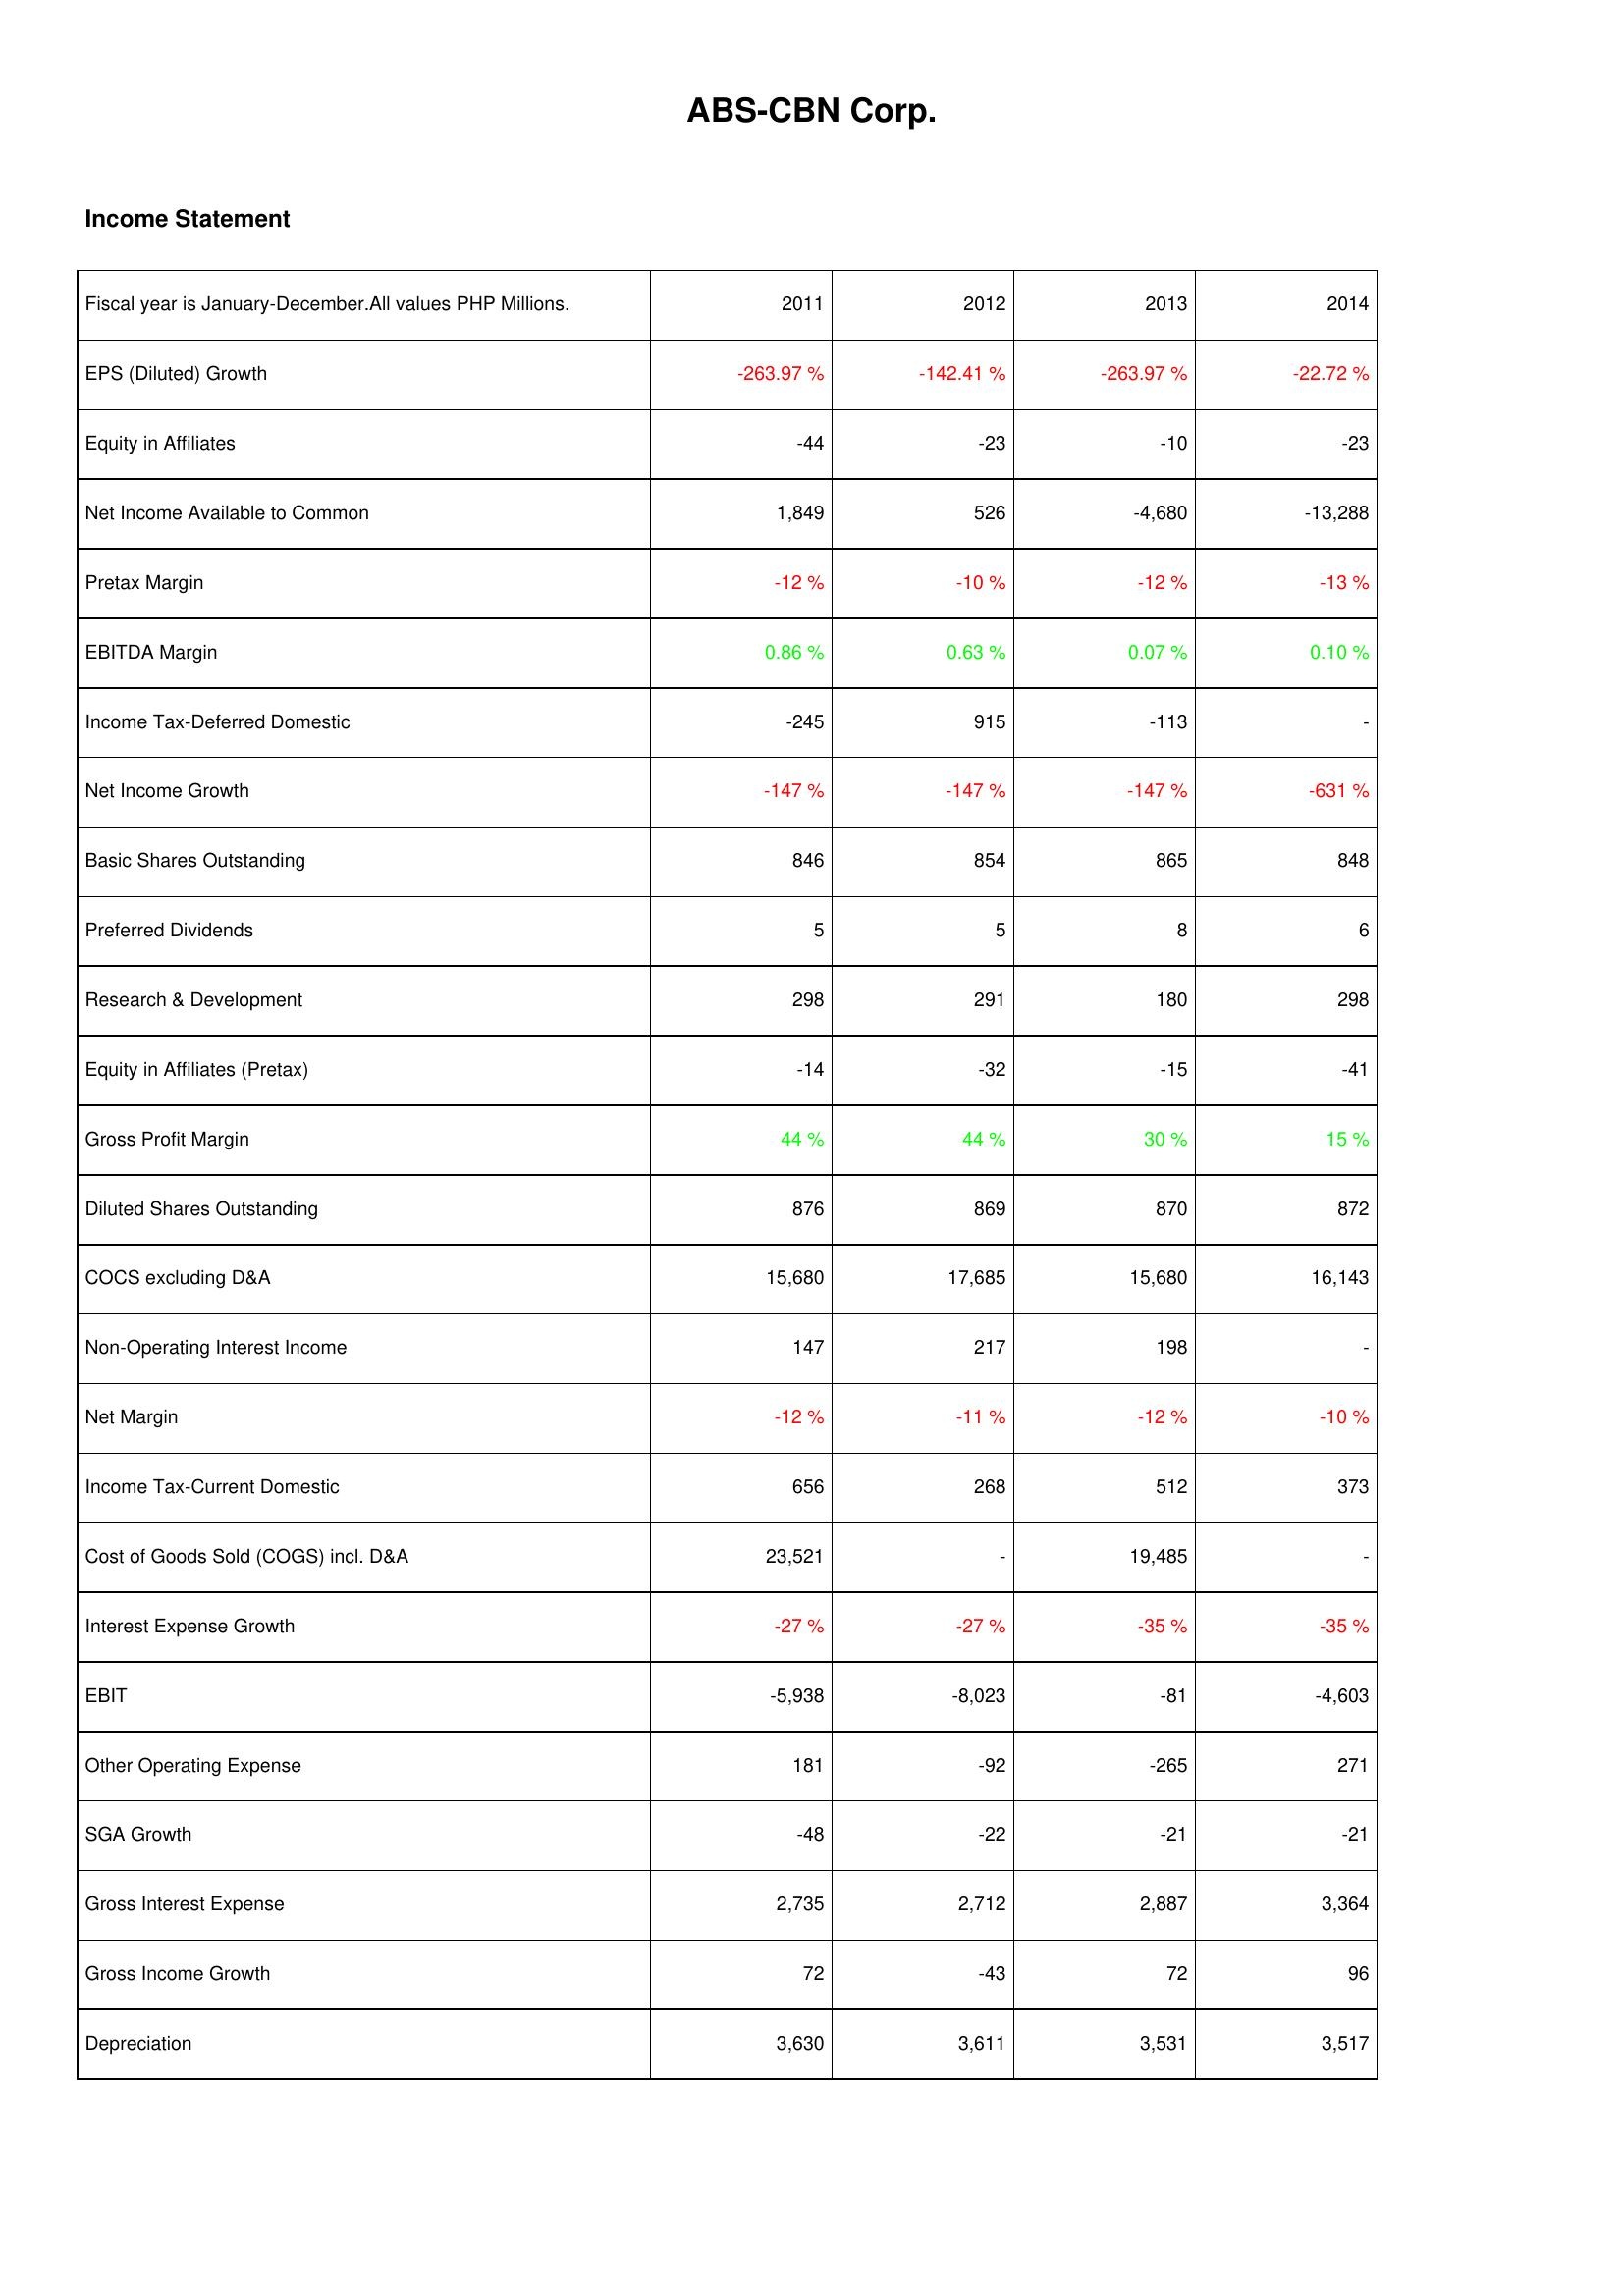
2011: Income Statement: EPS (Diluted) Growth: -263.97 %
Equity in Affiliates: -44
Net Income Available to Common: 1,849
Pretax Margin: -12 %
EBITDA Margin: 0.86 %
Income Tax-Deferred Domestic: -245
Net Income Growth: -147 %
Basic Shares Outstanding: 846
Preferred Dividends: 5
Research & Development: 298
Equity in Affiliates (Pretax): -14
Gross Profit Margin: 44 %
Diluted Shares Outstanding: 876
COCS excluding D&A: 15,680
Non-Operating Interest Income: 147
Net Margin: -12 %
Income Tax-Current Domestic: 656
Cost of Goods Sold (COGS) incl. D&A: 23,521
Interest Expense Growth: -27 %
EBIT: -5,938
Other Operating Expense: 181
SGA Growth: -48
Gross Interest Expense: 2,735
Gross Income Growth: 72
Depreciation: 3,630
2012: Income Statement: EPS (Diluted) Growth: -142.41 %
Equity in Affiliates: -23
Net Income Available to Common: 526
Pretax Margin: -10 %
EBITDA Margin: 0.63 %
Income Tax-Deferred Domestic: 915
Net Income Growth: -147 %
Basic Shares Outstanding: 854
Preferred Dividends: 5
Research & Development: 291
Equity in Affiliates (Pretax): -32
Gross Profit Margin: 44 %
Diluted Shares Outstanding: 869
COCS excluding D&A: 17,685
Non-Operating Interest Income: 217
Net Margin: -11 %
Income Tax-Current Domestic: 268
Cost of Goods Sold (COGS) incl. D&A: -
Interest Expense Growth: -27 %
EBIT: -8,023
Other Operating Expense: -92
SGA Growth: -22
Gross Interest Expense: 2,712
Gross Income Growth: -43
Depreciation: 3,611
2013: Income Statement: EPS (Diluted) Growth: -263.97 %
Equity in Affiliates: -10
Net Income Available to Common: -4,680
Pretax Margin: -12 %
EBITDA Margin: 0.07 %
Income Tax-Deferred Domestic: -113
Net Income Growth: -147 %
Basic Shares Outstanding: 865
Preferred Dividends: 8
Research & Development: 180
Equity in Affiliates (Pretax): -15
Gross Profit Margin: 30 %
Diluted Shares Outstanding: 870
COCS excluding D&A: 15,680
Non-Operating Interest Income: 198
Net Margin: -12 %
Income Tax-Current Domestic: 512
Cost of Goods Sold (COGS) incl. D&A: 19,485
Interest Expense Growth: -35 %
EBIT: -81
Other Operating Expense: -265
SGA Growth: -21
Gross Interest Expense: 2,887
Gross Income Growth: 72
Depreciation: 3,531
2014: Income Statement: EPS (Diluted) Growth: -22.72 %
Equity in Affiliates: -23
Net Income Available to Common: -13,288
Pretax Margin: -13 %
EBITDA Margin: 0.10 %
Income Tax-Deferred Domestic: -
Net Income Growth: -631 %
Basic Shares Outstanding: 848
Preferred Dividends: 6
Research & Development: 298
Equity in Affiliates (Pretax): -41
Gross Profit Margin: 15 %
Diluted Shares Outstanding: 872
COCS excluding D&A: 16,143
Non-Operating Interest Income: -
Net Margin: -10 %
Income Tax-Current Domestic: 373
Cost of Goods Sold (COGS) incl. D&A: -
Interest Expense Growth: -35 %
EBIT: -4,603
Other Operating Expense: 271
SGA Growth: -21
Gross Interest Expense: 3,364
Gross Income Growth: 96
Depreciation: 3,517